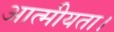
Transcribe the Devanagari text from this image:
आत्मीयता।